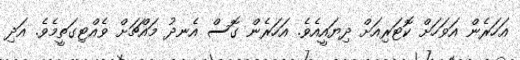
އަހަރެން އަވަހަށް ކޮޓަރިއަށް ދިޔައީއެވެ. އަހަރެން ގޮސް އެނދު މައްޗަށް ވެއްޓިގަތީމެވެ. އަދި